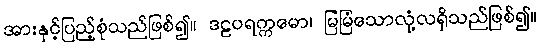
အားနှင့်ပြည့်စုံသည်ဖြစ်၍။ ဒဠပရက္ကမော၊ မြဲမြံသောလုံ့လရှိသည်ဖြစ်၍။